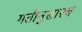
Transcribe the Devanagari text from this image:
गतीनुसारच